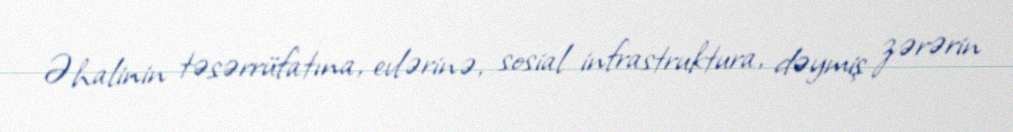
Əhalinin təsərrüfatına, evlərinə, sosial infrastruktura, dəymiş zərərin